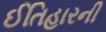
ઈતિહારની